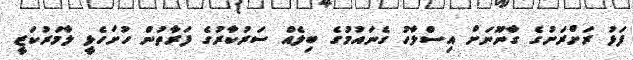
ފަޅު ރަށްރަށުގެ ގާނޫނަށް އިސްލާހު ގެނައުމުގެ ބިލެއް ސަރުކާރުގެ ފަރާތުން ހުށަހެޅީ ލާމަރުކަޒީ